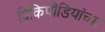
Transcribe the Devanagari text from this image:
विकिपीडियांच्या